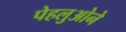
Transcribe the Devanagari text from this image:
पेहलुओने